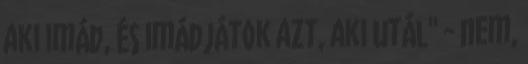
aki imád, és imádjátok azt, aki utál" - nem,